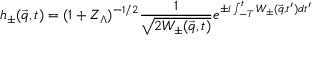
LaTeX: h _ { \pm } ( { \vec { q } } , t ) = ( 1 + Z _ { \Lambda } ) ^ { - 1 / 2 } \frac { 1 } { \sqrt { 2 W _ { \pm } ( { \vec { q } } , t ) } } e ^ { \pm i \int _ { - T } ^ { t } W _ { \pm } ( { \vec { q } } , t ^ { \prime } ) d t ^ { \prime } }